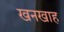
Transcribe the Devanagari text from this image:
खनखाह